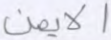
الأيمن